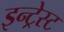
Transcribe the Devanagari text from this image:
इन्ट्रेस्ट